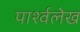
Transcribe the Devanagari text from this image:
पार्श्वलेख